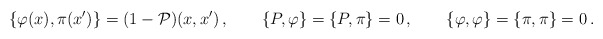
\begin{align*}\left\{ \varphi (x),\pi (x^{\prime })\right\} =(1-{\cal P})(x,x^{\prime})\,,\qquad \left\{ P,\varphi \right\} =\left\{ P,\pi \right\} =0\,,\qquad\left\{ \varphi ,\varphi \right\} =\left\{ \pi ,\pi \right\} =0\,.\end{align*}